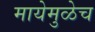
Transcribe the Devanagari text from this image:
मायेमुळेच